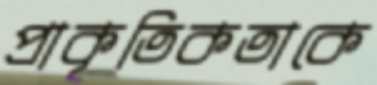
প্রাকৃতিকতাকে